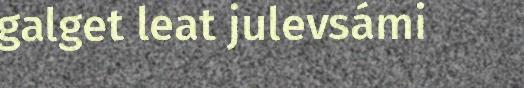
galget leat julevsámi